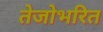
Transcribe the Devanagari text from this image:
तेजोभरित